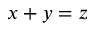
x + y = z